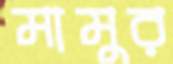
মামুর